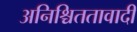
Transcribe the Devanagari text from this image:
अनिश्चिततावादी